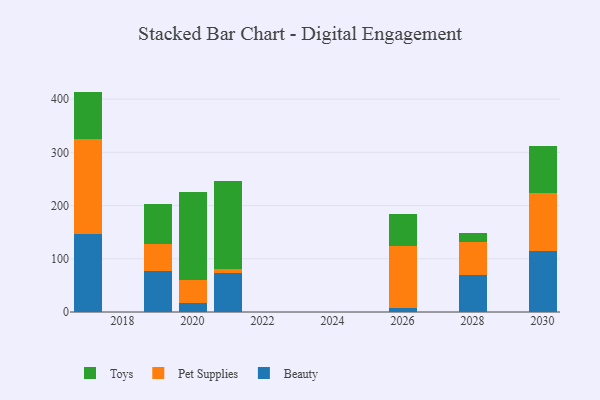
{"axis": {"x": "Year", "y": "Budget (USD K)"}, "legend": ["Beauty", "Pet Supplies", "Toys"], "data": [{"x": "2017", "y": 147.0, "type": "Beauty"}, {"x": "2017", "y": 177.6, "type": "Pet Supplies"}, {"x": "2017", "y": 89.5, "type": "Toys"}, {"x": "2030", "y": 115.5, "type": "Beauty"}, {"x": "2030", "y": 108.6, "type": "Pet Supplies"}, {"x": "2030", "y": 87.4, "type": "Toys"}, {"x": "2019", "y": 77.4, "type": "Beauty"}, {"x": "2019", "y": 51.0, "type": "Pet Supplies"}, {"x": "2019", "y": 75.3, "type": "Toys"}, {"x": "2020", "y": 16.7, "type": "Beauty"}, {"x": "2020", "y": 43.0, "type": "Pet Supplies"}, {"x": "2020", "y": 166.7, "type": "Toys"}, {"x": "2028", "y": 70.1, "type": "Beauty"}, {"x": "2028", "y": 60.9, "type": "Pet Supplies"}, {"x": "2028", "y": 17.8, "type": "Toys"}, {"x": "2026", "y": 8.1, "type": "Beauty"}, {"x": "2026", "y": 115.9, "type": "Pet Supplies"}, {"x": "2026", "y": 59.9, "type": "Toys"}, {"x": "2021", "y": 72.9, "type": "Beauty"}, {"x": "2021", "y": 8.7, "type": "Pet Supplies"}, {"x": "2021", "y": 164.0, "type": "Toys"}]}